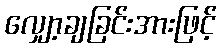
လျှော့ချခြင်းအားဖြင့်